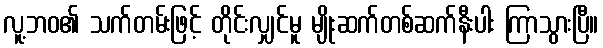
လူ့ဘဝ၏ သက်တမ်းဖြင့် တိုင်းလျှင်မူ မျိုးဆက်တစ်ဆက်နီးပါး ကြာသွားပြီ။